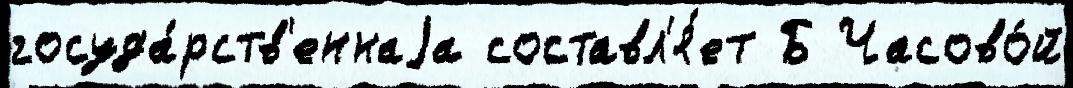
госуда́рств'еннаjа составл'я́ет Б Часово́й